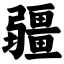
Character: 疆